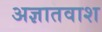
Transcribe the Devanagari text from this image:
अज्ञातवाश